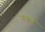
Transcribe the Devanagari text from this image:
नकळे